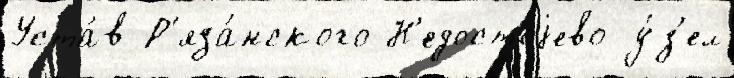
Уста́в Р'яза́нского Н'едостоjево у́з'ел